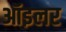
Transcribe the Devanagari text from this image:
ऑइलर